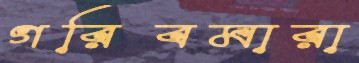
গরিবমারা